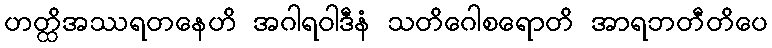
ဟတ္ထိအဿရတနေဟိ အဂါရဝါဒီနံ သတိဂေါစရောတိ အာရဘတီတိပေ